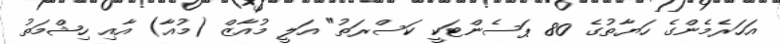
އަހަރެމެންގެ ހަޔާތުގެ 80 ޕަސެންޓަކީ ކަސްރަތު" އަލީ މުއާޒް (މުއާ) އާއި ހިޝްމަތު